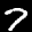
Label: 7